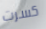
كسرت